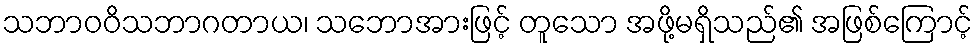
သဘာဝဝိသဘာဂတာယ၊ သဘောအားဖြင့် တူသော အဖို့မရှိသည်၏ အဖြစ်ကြောင့်